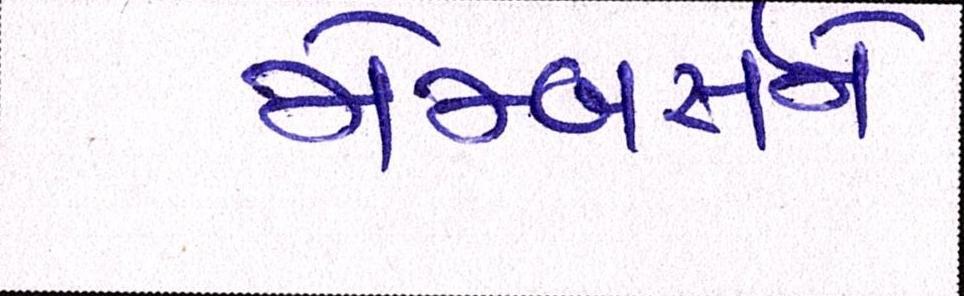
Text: મેમ્બર્સને